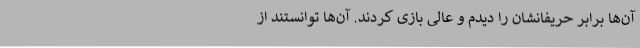
آن‌ها برابر حریفانشان را دیدم و عالی بازی کردند. آن‌ها توانستند از